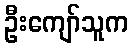
ဦးကျော်သူက